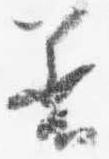
着